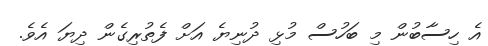
އެ ހިސާބުން މި ބަހުސް މުޅި ދުނިޔެ އަށް ފެތުރިގެން ދިޔަ އެވެ.